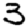
Digit: 3